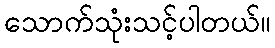
သောက်သုံးသင့်ပါတယ်။